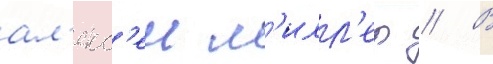
ал'екс'еи м'илл'ер // В